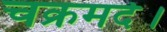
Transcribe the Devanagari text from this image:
चक्रमर्द।